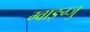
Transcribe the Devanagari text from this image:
ग्वाङ्ग्जु